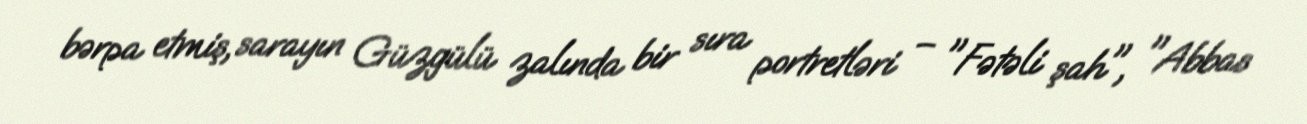
bərpa etmiş, sarayın Güzgülü zalında bir sıra portretləri – "Fətəli şah", "Abbas